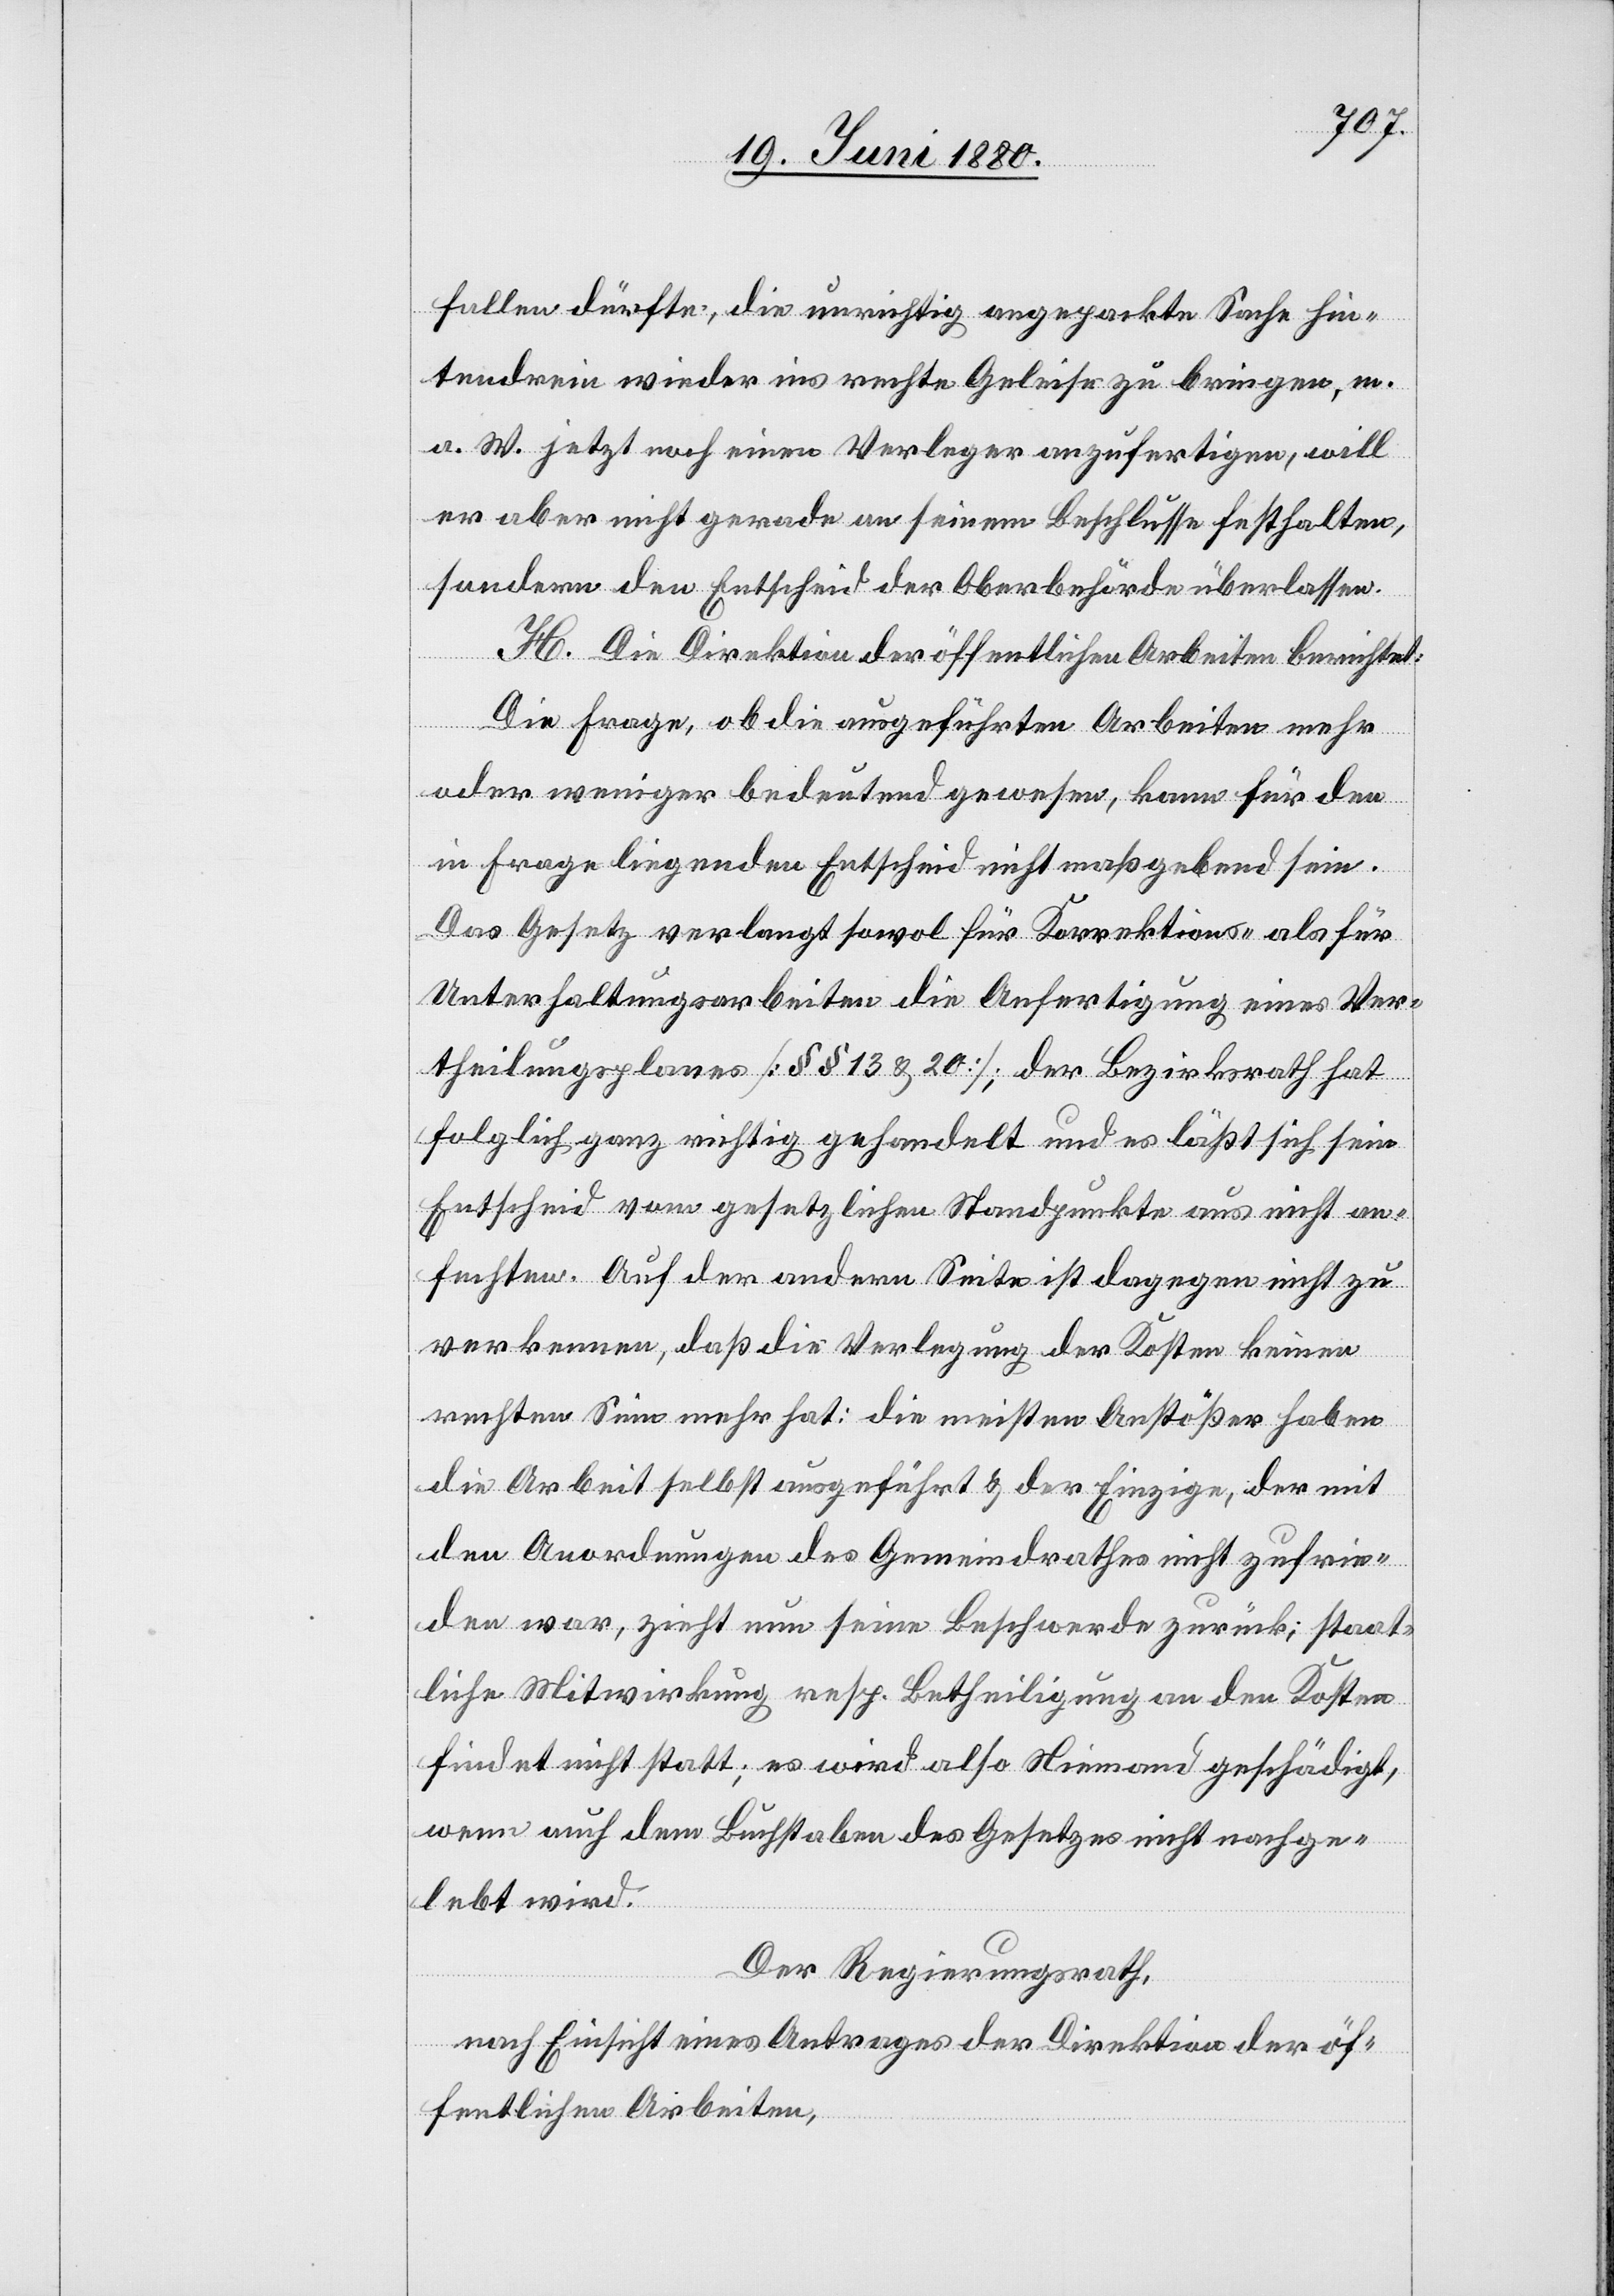
fallen dürfte, die unrichtig angepackte Sache hin¬
tendrein wieder ins rechte Geleise zu bringen, m.
a. W. jetzt noch einen Verleger anzufertigen, will
er aber nicht gerade an seinem Beschlusse festhalten,
sondern den Entscheid der Oberbehörden überlassen.
H. Die Direktion der öffentlichen Arbeiten berichtet:
Die Frage, ob die ausgeführten Arbeiten mehr
oder weniger bedeutend gewesen, kann für den
in Frage liegenden Entscheid nicht maßgebend sein.
Das Gesetz verlangt sowol für Korrektions- als für
Unterhaltungsarbeiten die Anfertigung eines Ver¬
theilungsplanes [§§ 13 & 20]; der Bezirksrath hat
folglich ganz richtig gehandelt und es läßt sich sein
Entscheid vom gesetzlichen Standpunkte aus nicht an¬
fechten. Auf der andern Seite ist dagegen nicht zu
verkennen, daß die Verlegung der Kosten keinen
rechten Sinn mehr hat; die meisten Anstößer haben
die Arbeit selbst ausgeführt & der Einzige, der mit
den Anordnungen des Gemeindrathes nicht zufrie¬
den war, zieht nun seine Beschwerde zurück; staat¬
liche Mitwirkung resp. Betheiligung an den Kosten
findet nicht statt; es wird also Niemand geschädigt,
wenn auch dem Buchstaben des Gesetzes nicht nachge¬
lebt wird.
Der Regierungsrath;
nach Einsicht eines Antrages der Direktion der öf¬
fentlichen Arbeiten,